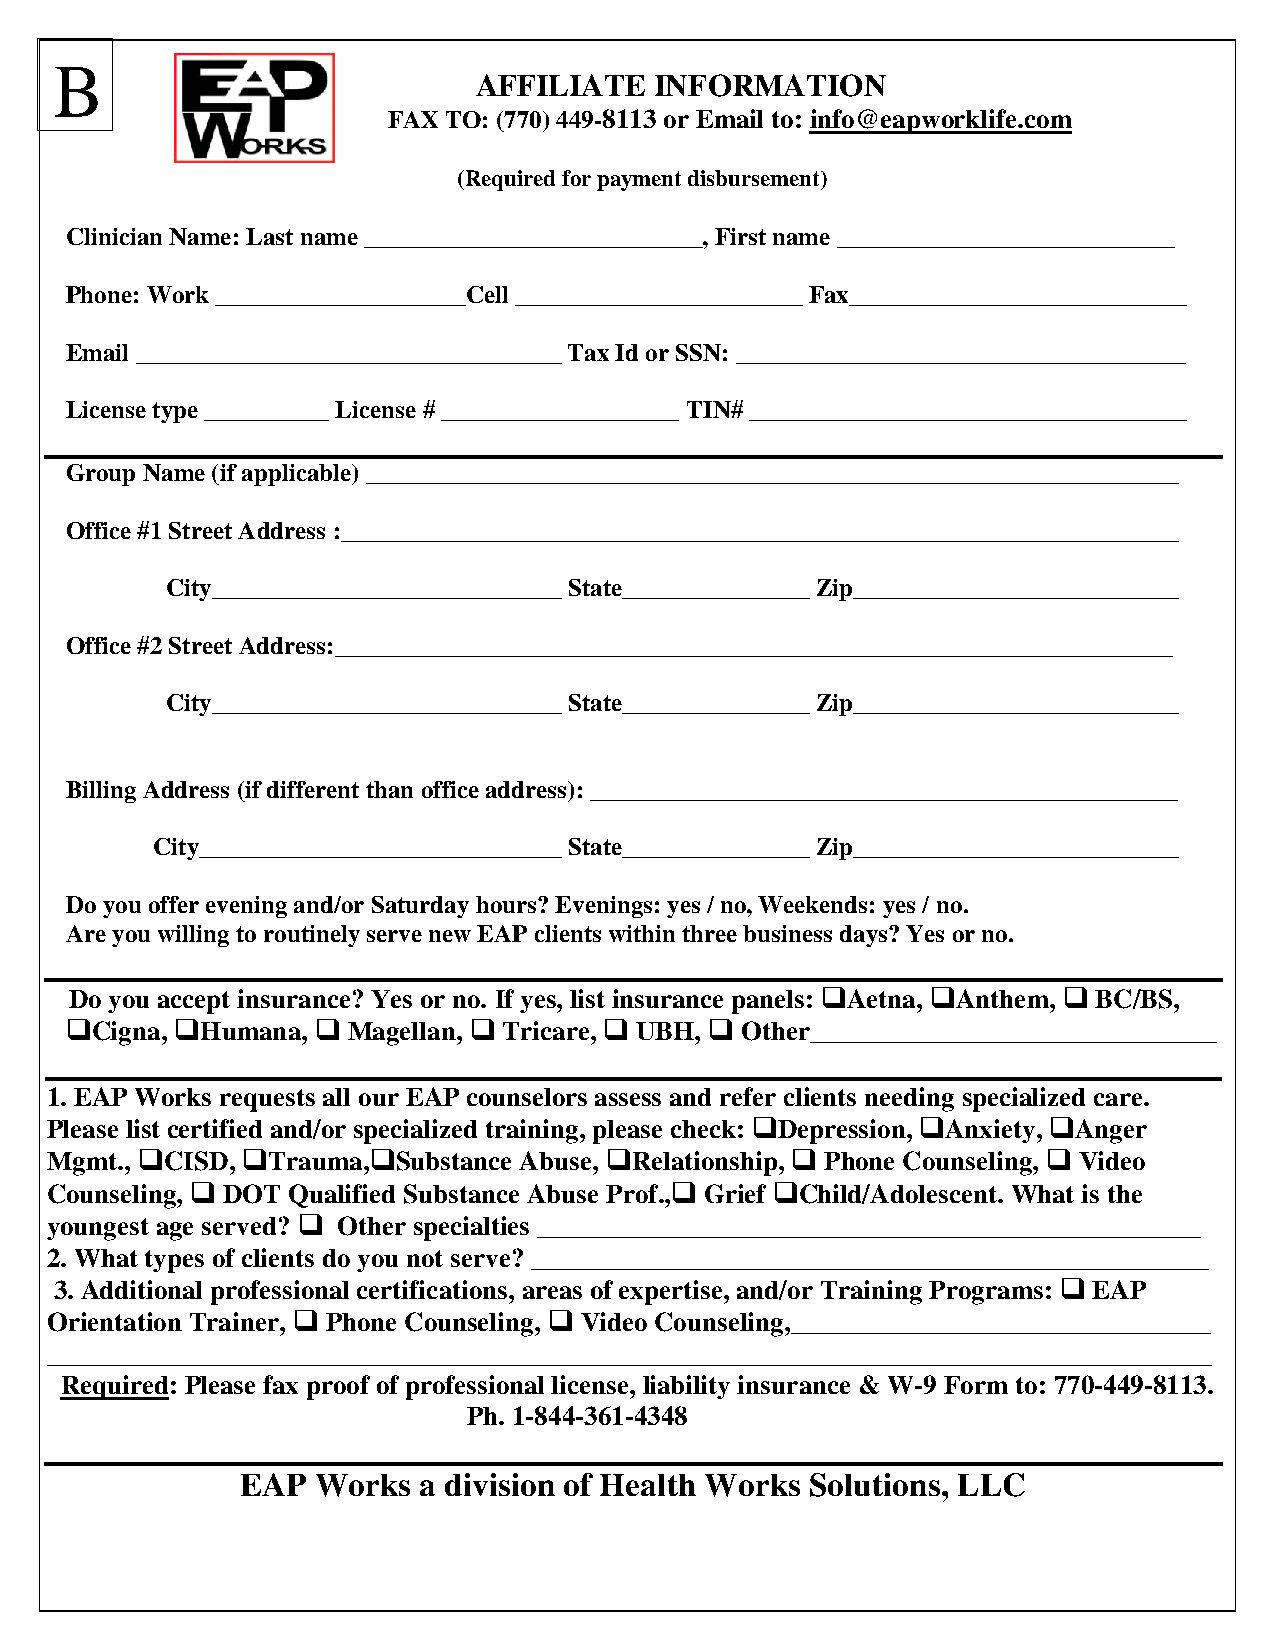
3   B
 AFFILIATE  INFORMATION
 FAX TO: (770) 449-8113 or Email to: info@eapworklife.com
 (Required for payment disbursement)
 Clinician Name: Last name ___________________________, First name ___________________________
 Phone: Work ____________________Cell _______________________ Fax___________________________
 Email __________________________________ Tax Id or SSN: ____________________________________
 License type __________ License # ___________________ TIN# ___________________________________
 Group Name (if applicable) _________________________________________________________________
 Office #1 Street Address :___________________________________________________________________
 City____________________________ State_______________ Zip__________________________
 Office #2 Street Address:___________________________________________________________________
 City____________________________ State_______________ Zip__________________________
 Billing Address (if different than office address): _______________________________________________
 City_____________________________ State_______________ Zip__________________________
 Do you offer evening and/or Saturday hours? Evenings: yes / no, Weekends: yes / no.
 Are you willing to routinely serve new EAP clients within three business days? Yes or no.
 Do you accept insurance? Yes or no. If yes, list insurance panels: Aetna, Anthem,  BC/BS,
 Cigna, Humana,  Magellan,  Tricare,  UBH,  Other______________________________
 1. EAP Works requests all our EAP counselors assess and refer clients needing specialized care.
 Please list certified and/or specialized training, please check: Depression, Anxiety, Anger
 Mgmt., CISD, Trauma,Substance Abuse, Relationship,  Phone Counseling,  Video
 Counseling,  DOT Qualified Substance Abuse Prof., Grief Child/Adolescent. What is the
 youngest age served?  Other specialties _________________________________________________
 2. What types of clients do you not serve? __________________________________________________
 3. Additional professional certifications, areas of expertise, and/or Training Programs:  EAP
 Orientation Trainer,  Phone Counseling,  Video Counseling,_______________________________
 ______________________________________________________________________________________
 Required: Please fax proof of professional license, liability insurance & W-9 Form to: 770-449-8113.
 Ph. 1-844-361-4348
 EAP  Works  a division of Health Works Solutions, LLC